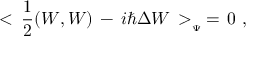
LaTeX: < \, { \frac { 1 } { 2 } } ( W , W ) \, - \, i \hbar \Delta W \, > _ { _ { \Psi } } \, = \, 0 \, \, ,